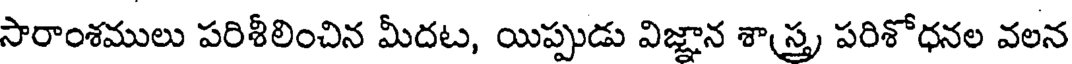
సారాంశములు పరిశీలించిన మీదట, యిప్పుడు విజ్ఞాన శాస్త్ర పరిశోధనల వలన